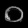
Digit: ၀